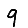
Digit: 9